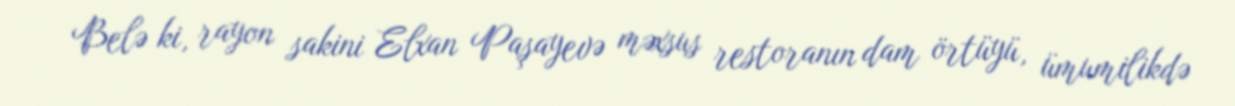
Belə ki, rayon sakini Elxan Paşayevə məxsus restoranın dam örtüyü, ümumilikdə